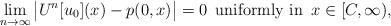
LaTeX: \begin{align*}\lim_{n\to\infty} \big|U^n[u_0](x)-p(0,x)\big|=0\,\hbox{ uniformly in }\,x\in [C,\infty),\end{align*}